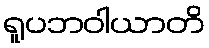
ရူပဘဝါယာတိ